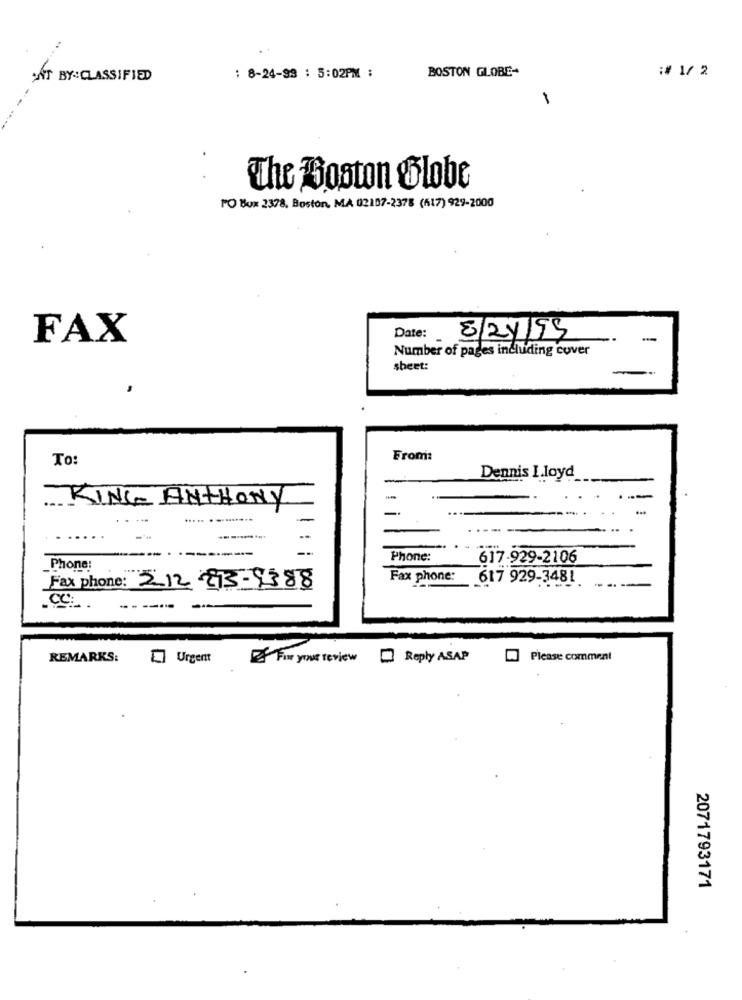
BOSTON GLOBE-
:# 1/ 2
ONT BY:CLASSIFIED
: 8-24-99 : 5:02PM :
The Boston Globe
PO Box 2378, Boston, MA 02107-2378 (417) 929-2000
FAX
Date:
8/24/95
-
Number of pages including cover
sheet:
To:
From:
Dennis I.loyd
KING ANTHONY
-
..... ..........
Phone:
617-929-2106
Phone:
Fax phone:
617 929-3481
Fax phone: 212 215-9388
----
REMARKS:
Urgent
For your review
Reply ASAP
Please comment
2071793171